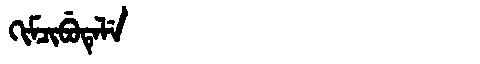
Manchu: ᡴᡳᠮᠴᡳᠪᡠᡨᡝᠯᡝ
Romanization: KIMCIBUTELE